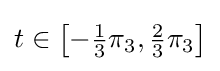
t\in {\bigl [}{-{\tfrac {1}{3}}}\pi _{3},{\tfrac {2}{3}}\pi _{3}{\bigr ]}